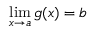
\operatorname* { l i m } _ { x \to a } g ( x ) = b